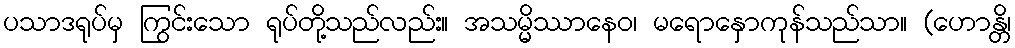
ပသာဒရုပ်မှ ကြွင်းသော ရုပ်တို့သည်လည်း။ အသမ္မိဿာနေဝ၊ မရောနှောကုန်သည်သာ။ (ဟောန္တိ၊